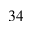
^ { 3 4 }